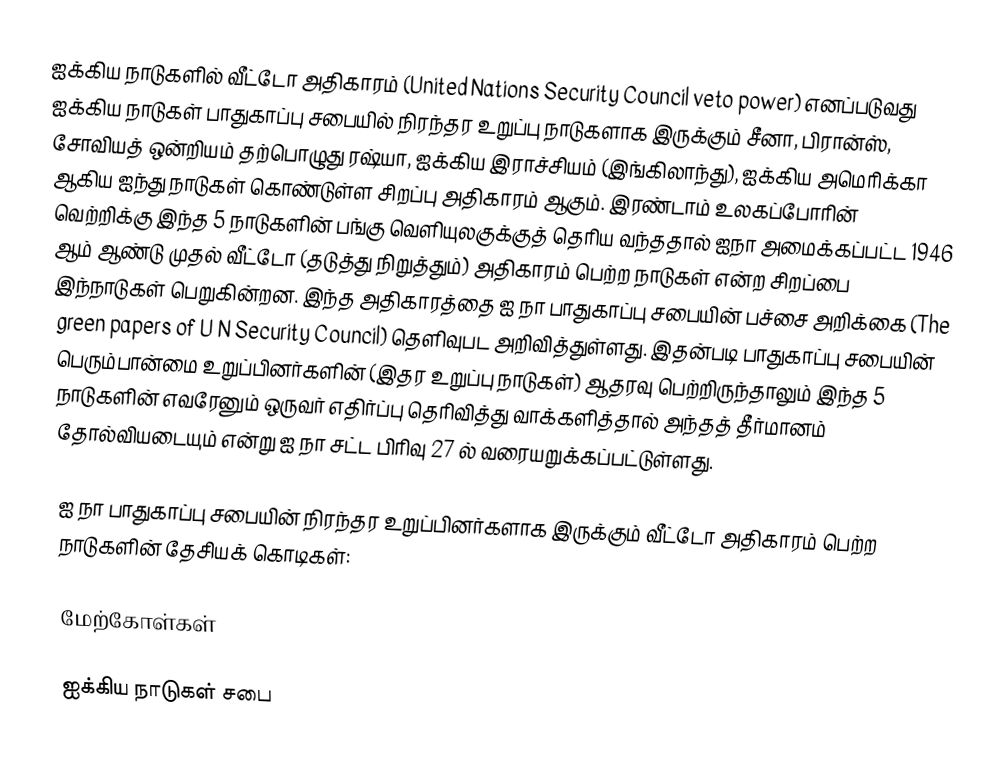
ஐக்கிய நாடுகளில் வீட்டோ அதிகாரம் (United Nations Security Council veto power) எனப்படுவது ஐக்கிய நாடுகள் பாதுகாப்பு சபையில் நிரந்தர உறுப்பு நாடுகளாக இருக்கும் சீனா, பிரான்ஸ், சோவியத் ஒன்றியம் தற்பொழுது ரஷ்யா, ஐக்கிய இராச்சியம் (இங்கிலாந்து), ஐக்கிய அமெரிக்கா ஆகிய ஐந்து நாடுகள் கொண்டுள்ள சிறப்பு அதிகாரம் ஆகும். இரண்டாம் உலகப்போரின் வெற்றிக்கு இந்த 5 நாடுகளின் பங்கு வெளியுலகுக்குத் தெரிய வந்ததால் ஐநா அமைக்கப்பட்ட 1946 ஆம் ஆண்டு முதல் வீட்டோ (தடுத்து நிறுத்தும்) அதிகாரம் பெற்ற நாடுகள் என்ற சிறப்பை இந்நாடுகள் பெறுகின்றன. இந்த அதிகாரத்தை ஐ நா பாதுகாப்பு சபையின் பச்சை அறிக்கை (The green papers of U N Security Council) தெளிவுபட அறிவித்துள்ளது. இதன்படி பாதுகாப்பு சபையின் பெரும்பான்மை உறுப்பினர்களின் (இதர உறுப்பு நாடுகள்) ஆதரவு பெற்றிருந்தாலும் இந்த 5 நாடுகளின் எவரேனும் ஒருவர் எதிர்ப்பு தெரிவித்து வாக்களித்தால் அந்தத் தீர்மானம் தோல்வியடையும் என்று ஐ நா சட்ட பிரிவு 27 ல் வரையறுக்கப்பட்டுள்ளது.

ஐ நா பாதுகாப்பு சபையின்  நிரந்தர உறுப்பினர்களாக இருக்கும் வீட்டோ அதிகாரம் பெற்ற நாடுகளின் தேசியக் கொடிகள்:

மேற்கோள்கள்

ஐக்கிய நாடுகள் சபை